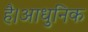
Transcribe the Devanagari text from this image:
है।आधुनिक